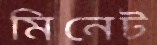
মিনেট